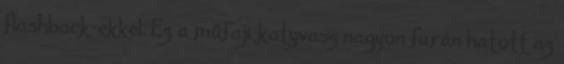
flashback-ekkel. Ez a műfaji katyvasz nagyon furán hatott az